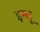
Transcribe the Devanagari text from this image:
इन्धू